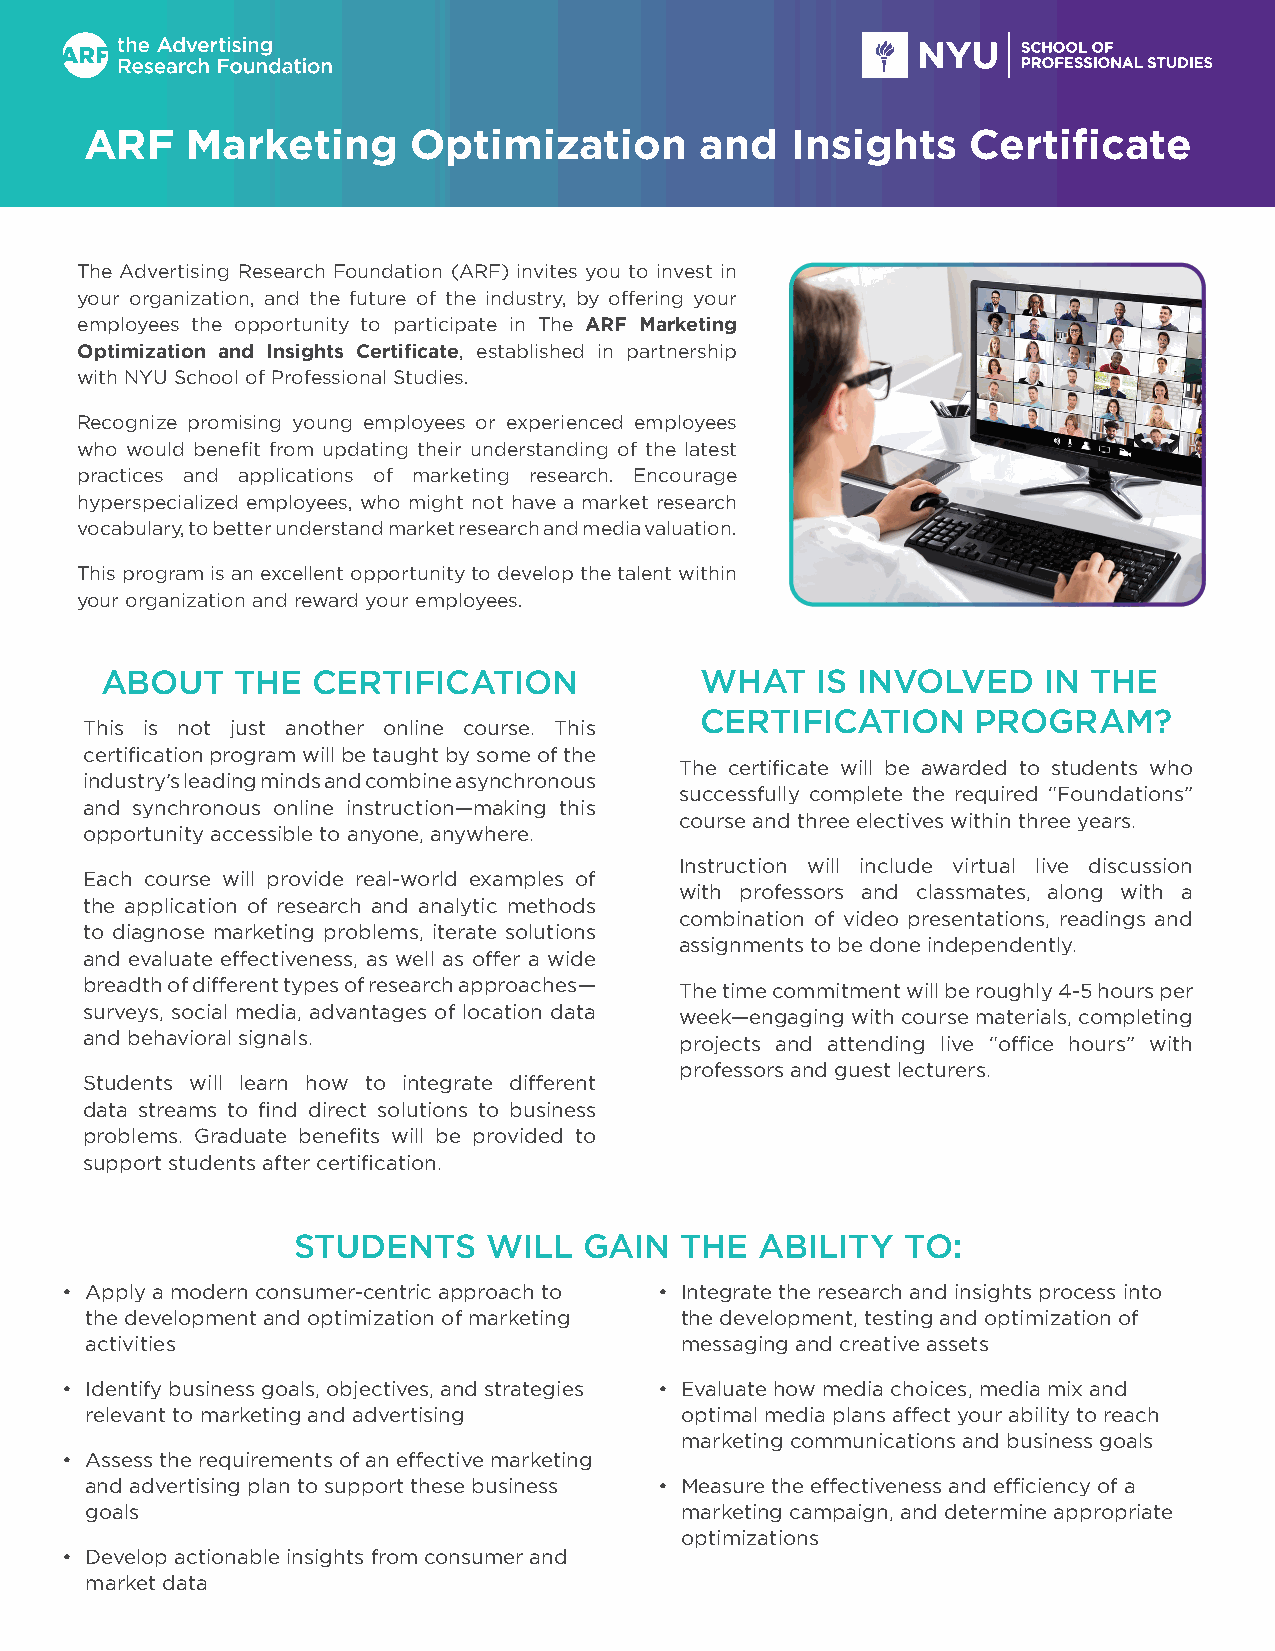
ARF   Marketing      Optimization       and   Insights    Certificate
 The Advertising Research Foundation (ARF) invites you to invest in
 your organization, and the future of the industry, by offering your
 employees the opportunity to participate in The ARF Marketing
 Optimization and Insights Certificate, established in partnership
 with NYU School of Professional Studies.
 Recognize promising young employees or experienced employees
 who would benefit from updating their understanding of the latest
 practices and applications of marketing research. Encourage
 hyperspecialized employees, who might not have a market research
 vocabulary, to better understand market research and media valuation.
 This program is an excellent opportunity to develop the talent within
 your organization and reward your employees.
 ABOUT    THE  CERTIFICATION            WHAT    IS INVOLVED    IN THE
 CERTIFICATION      PROGRAM?
 This is not just another online course. This
 certification program will be taught by some of the
 The certificate will be awarded to students who
 industry’s leading minds and combine asynchronous
 successfully complete the required “Foundations”
 and synchronous online instruction—making this
 course and three electives within three years.
 opportunity accessible to anyone, anywhere.
 Instruction will include virtual live discussion
 Each course will provide real-world examples of
 with professors and classmates, along with a
 the application of research and analytic methods
 combination of video presentations, readings and
 to diagnose marketing problems, iterate solutions
 assignments to be done independently.
 and evaluate effectiveness, as well as offer a wide
 breadth of different types of research approaches— The time commitment will be roughly 4-5 hours per
 surveys, social media, advantages of location data week—engaging with course materials, completing
 and behavioral signals.                projects and attending live “office hours” with
 professors and guest lecturers.
 Students will learn how to integrate different
 data streams to find direct solutions to business
 problems. Graduate benefits will be provided to
 support students after certification.
 STUDENTS     WILL   GAIN  THE  ABILITY   TO:
 • Apply a modern consumer-centric approach to • Integrate the research and insights process into
 the development and optimization of marketing the development, testing and optimization of
 activities                             messaging and creative assets
 • Identify business goals, objectives, and strategies • Evaluate how media choices, media mix and
 relevant to marketing and advertising  optimal media plans affect your ability to reach
 marketing communications and business goals
 • Assess the requirements of an effective marketing
 and advertising plan to support these business • Measure the effectiveness and efficiency of a
 goals                                  marketing campaign, and determine appropriate
 optimizations
 • Develop actionable insights from consumer and
 market data